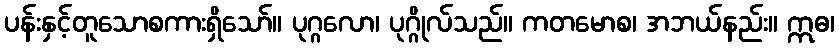
ပန်းနှင့်တူသောစကားရှိသော်။ ပုဂ္ဂလော၊ ပုဂ္ဂိုလ်သည်။ ကတမောစ၊ အဘယ်နည်း။ ဣဓ၊